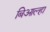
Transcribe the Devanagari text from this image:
बिआल्हा